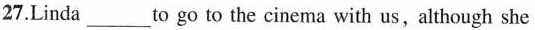
27.Linda___to go to the cinema with us,although she